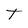
Character: T